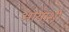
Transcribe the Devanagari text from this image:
आयोशी